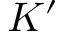
K ^ { \prime }